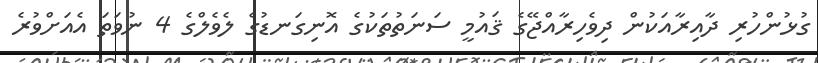
ގުޅުންހުރި ދާއިރާއަކުން ދިވެހިރާއްޖޭގެ ޤައުމީ ސަނަތުތަކުގެ އޮނިގަނޑުގެ ލެވެލްގެ 4 ނުވަތަ އެއަށްވުރެ